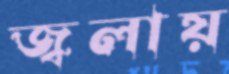
জ্বলায়